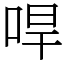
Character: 哻